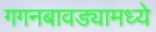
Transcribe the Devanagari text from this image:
गगनबावड्यामध्ये